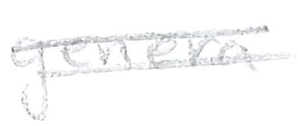
Text: genera
Cross-out: mix
Writing tool: pencil